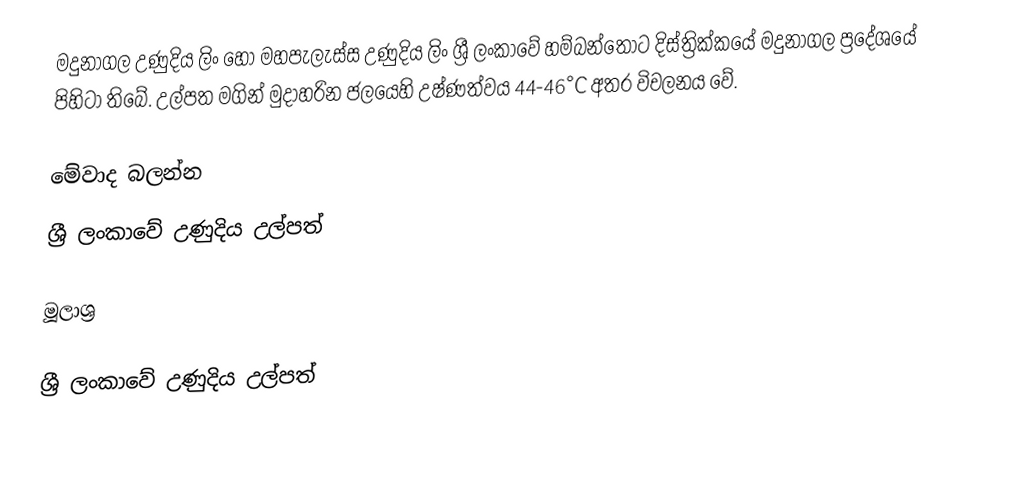
මදුනාගල උණුදිය ලිං හෝ මහපැලැස්ස උණුදිය ලිං ශ්‍රී ලංකාවේ හම්බන්තොට දිස්ත්‍රික්කයේ මදුනාගල ප්‍රදේශයේ පිහිටා තිබේ. උල්පත මගින් මුදාහරින ජලයෙහි උෂ්ණත්වය 44-46°C අතර විචලනය වේ.

මේවාද බලන්න
 ශ්‍රී ලංකාවේ උණුදිය උල්පත්

මූලාශ්‍ර

ශ්‍රී ලංකාවේ උණුදිය උල්පත්